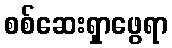
စစ်ဆေးရှာဖွေရာ